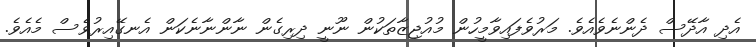
އެދި އާދޭސް ދެންނެވެއެވެ. މަރުވެފައިވާމީހުން މުއުޖިޒާތަކުން ނޫނީ ދިރިގެން ނާންނާނެކަން އެނގޭއިރުވެސް މެއެވެ.